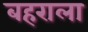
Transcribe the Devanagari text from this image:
बहराला